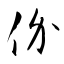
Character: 价